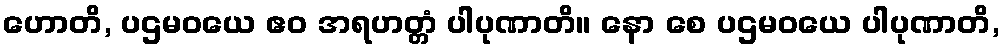
ဟောတိ, ပဌမဝယေ ဧဝ အရဟတ္တံ ပါပုဏာတိ။ နော စေ ပဌမဝယေ ပါပုဏာတိ,